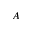
A